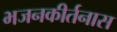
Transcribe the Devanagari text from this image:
भजनकीर्तनास